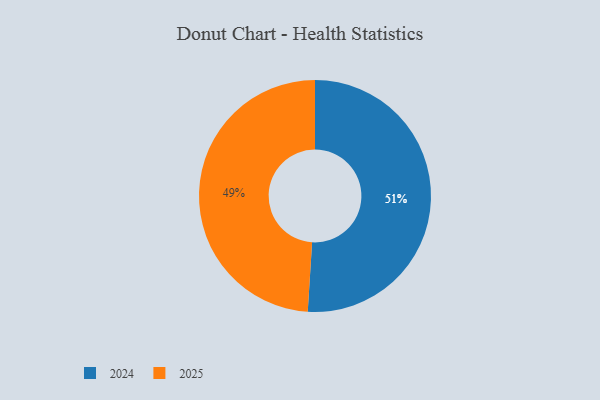
{"axis": {"x": "Category", "y": "Percentage"}, "legend": ["2024", "2025"], "data": [{"x": "2024", "y": 51, "type": "2024"}, {"x": "2025", "y": 49, "type": "2025"}]}